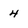
Character: 4